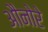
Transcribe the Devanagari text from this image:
औनोरे